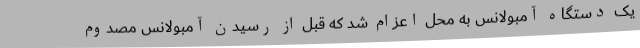
یک دستگاه آمبولانس به محل اعزام شد که قبل از رسیدن آمبولانس مصدوم